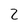
Character: 2